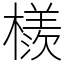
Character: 檨